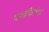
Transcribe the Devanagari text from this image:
प्रस्थापितांच्या